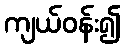
ကျယ်ဝန်း၍